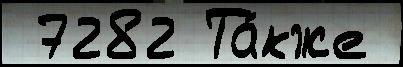
 7282 Та́кже